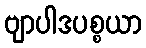
ဗျာပါဒပစ္စယာ